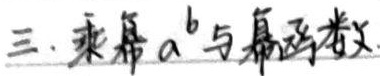
三、乘幂 \(a^b\) 与幂函数